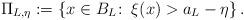
LaTeX: \begin{align*}\Pi_{L,\eta}:= \left\{ x \in B_L \colon\, \xi(x) > a_L - \eta \right\}.\end{align*}